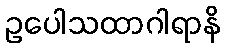
ဥပေါသထာဂါရာနိ